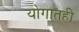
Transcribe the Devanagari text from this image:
योगातही